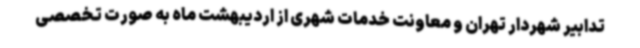
تدابیر شهردار تهران و معاونت خدمات شهری از اردیبهشت ماه به صورت تخصصی